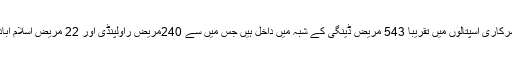
راولپنڈی کے تینوں سرکاری اسپتالوں میں تقریبا 543 مریض ڈینگی کے شبہ میں داخل ہیں جس میں سے 240مریض راولپنڈی اور 22 مریض اسلام آباد سے لائے گئے ہیں۔